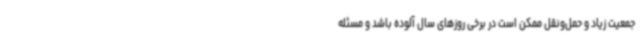
جمعیت زیاد و حمل‌ونقل ممکن است در برخی روزهای سال آلوده باشد و مسئله